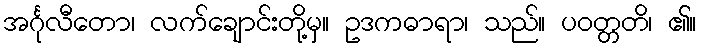
အင်္ဂုလီတော၊ လက်ချောင်းတို့မှ။ ဥဒကဓာရာ၊ သည်။ ပဝတ္တတိ၊ ၏။